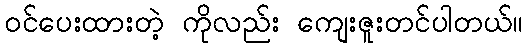
ဝင်ပေးထားတဲ့ ကိုလည်း ကျေးဇူးတင်ပါတယ်။